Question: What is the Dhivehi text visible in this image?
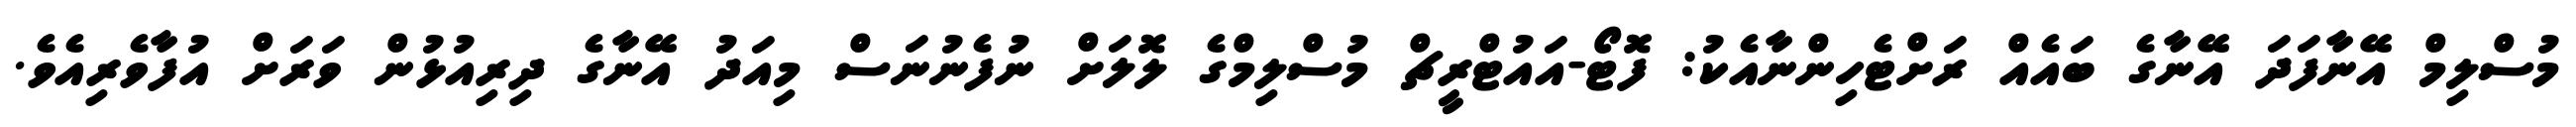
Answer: މުސްލިމް އޭނާފަދަ އޭނާގެ ބައެއް ރަށްޓެހިންނާއެކު: ފޮޓޯ-އައުޓްރީޗް މުސްލިމްގެ ލޮލަށް ނުފެނުނަސް މިއަދު އޭނާގެ ދިރިއުޅުން ވަރަށް އުފާވެރިއެވެ.